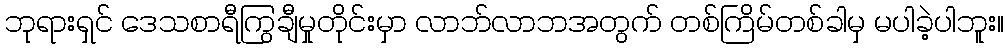
ဘုရားရှင် ဒေသစာရီကြွချီမှုတိုင်းမှာ လာဘ်လာဘအတွက် တစ်ကြိမ်တစ်ခါမှ မပါခဲ့ပါဘူး။